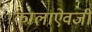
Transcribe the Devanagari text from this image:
कालाऐवजी